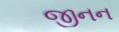
જીનન